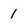
Character: 1